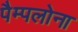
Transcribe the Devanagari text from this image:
पैम्पलोना